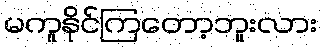
မကူနိုင်ကြတော့ဘူးလား